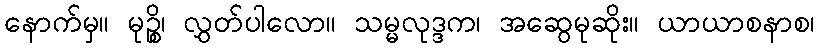
နောက်မှ။ မုဉ္စိ၊ လွှတ်ပါလော။ သမ္မလုဒ္ဒက၊ အဆွေမုဆိုး။ ယာယာစနာစ၊